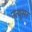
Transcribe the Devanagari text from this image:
नत्थूसर